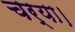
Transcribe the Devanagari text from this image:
चर्या।